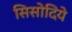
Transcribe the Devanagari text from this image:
सिसोदिये